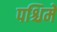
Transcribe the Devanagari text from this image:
पश्चिमें